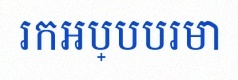
រកអប្បបរមា